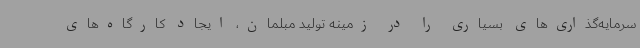
سرمایه‌گذاری‌های بسیاری را در زمینه تولید مبلمان، ایجاد کارگاه‌های